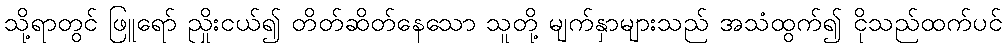
သို့ရာတွင် ဖြူရော် ညှိုးငယ်၍ တိတ်ဆိတ်နေသော သူတို့ မျက်နှာများသည် အသံထွက်၍ ငိုသည်ထက်ပင်